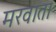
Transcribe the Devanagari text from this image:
मरवाता